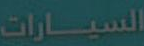
السيارات